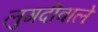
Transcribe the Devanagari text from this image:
लुगदीवाले